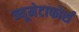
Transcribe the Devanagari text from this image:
न्यूमेटाफोर्स